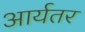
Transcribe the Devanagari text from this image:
आर्यतर